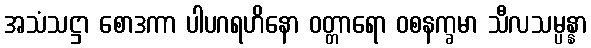
အသံသဋ္ဌာ စောဒကာ ပါပဂရဟိနော ဝတ္တာရော ဝစနက္ခမာ သီလသမ္ပန္နာ